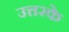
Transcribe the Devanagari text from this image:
उत्तरके